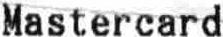
MASTERCARD